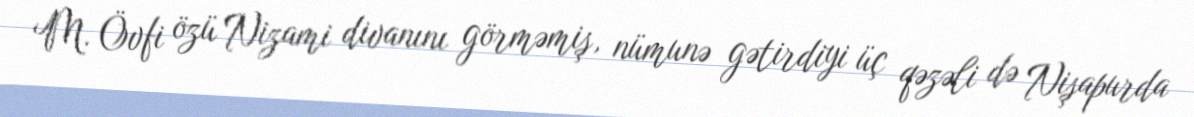
M. Övfi özü Nizami divanını görməmiş, nümunə gətirdiyi üç qəzəli də Nişapurda